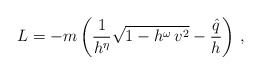
\begin{align*}L = - m \left( \frac{1}{h^{\eta}} \sqrt{1 - h^\omega \, v^2} -\frac{\hat{q}}{h}\right) \, ,\end{align*}